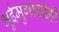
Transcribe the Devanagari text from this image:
भुईमुगाचीही